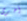
أخرى